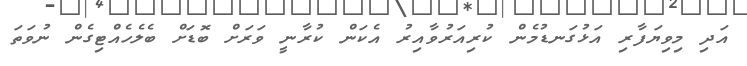
އަދި މިވިޔަފާރި އަޅުގަނޑުމެން ކުރިއަރުވާއިރު އެކަން ކުރާނީ ވަރަށް ބޮޑަށް ބެލެހެއްޓިގެން ނުވަތަ